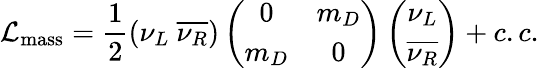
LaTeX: {\cal L}_{\mathrm{mass}}=\frac{1}{2}(\nu_{L}\ \overline{{{\nu_{R}}}})\left(\begin{array}{cc}{{0}}&{{m_{D}}}\\ {{m_{D}}}&{{0}}\end{array}\right)\left(\begin{array}{c}{{\nu_{L}}}\\ {{\overline{{{\nu_{R}}}}}}\end{array}\right)+c.c.